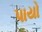
પાયો